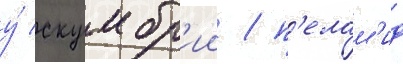
у́ скумбр'ии / п'елам'ид